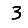
Digit: 3